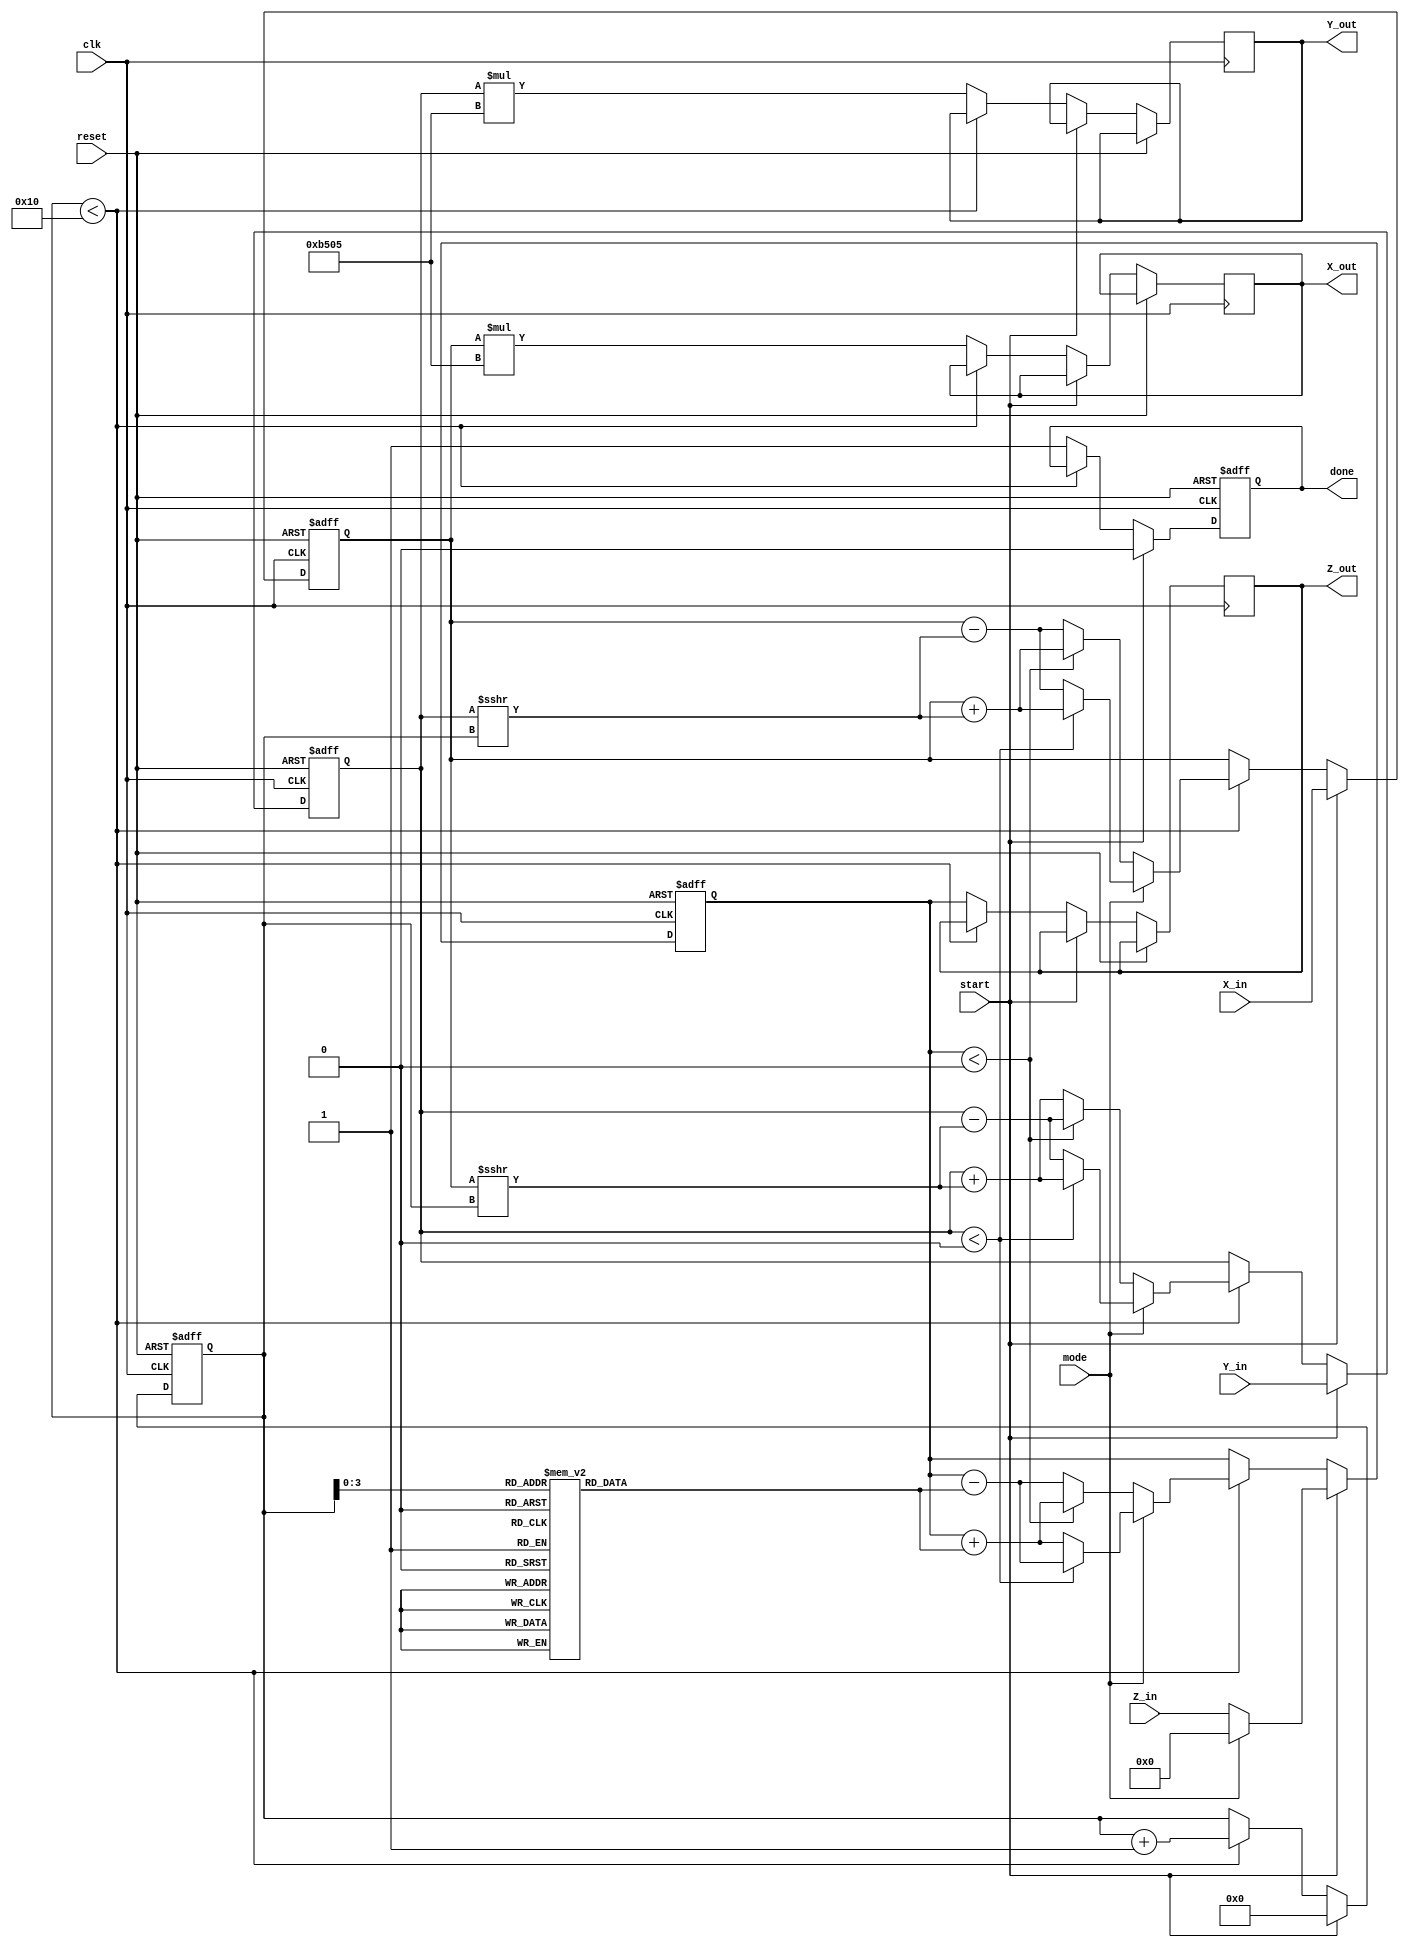
module modified_cordic #(
    parameter WIDTH = 16, // Bit width for operands
    parameter ITERATIONS = 16 // Number of CORDIC iterations
) (
    input wire clk,
    input wire reset,
    input wire start,
    input wire mode, // 0 for rotation, 1 for vectoring
    input wire signed [WIDTH-1:0] X_in,
    input wire signed [WIDTH-1:0] Y_in,
    input wire signed [WIDTH-1:0] Z_in,
    output reg signed [WIDTH-1:0] X_out,
    output reg signed [WIDTH-1:0] Y_out,
    output reg signed [WIDTH-1:0] Z_out,
    output reg done
);

    // Internal registers
    reg signed [WIDTH-1:0] x, y, z;
    reg [4:0] iter_count; // Counter for iterations
    reg [WIDTH-1:0] atan_table[0:ITERATIONS-1]; // ATAN lookup table
    reg signed [WIDTH-1:0] K; // Scaling factor

    // Initialize the atan_table and scaling factor
    initial begin
        atan_table[0] = 16'h3243; // atan(2^-0) in Q1.15 format
        atan_table[1] = 16'h1DAC; // atan(2^-1)
        atan_table[2] = 16'h0FAD; // atan(2^-2)
        atan_table[3] = 16'h07A3; // atan(2^-3)
        atan_table[4] = 16'h03D2; // atan(2^-4)
        // ... Initialize remaining values ...
        K = 16'hB505; // Scaling factor
        done = 0;
    end

    // CORDIC operation
    always @(posedge clk or posedge reset) begin
        if (reset) begin
            x <= 0;
            y <= 0;
            z <= 0;
            iter_count <= 0;
            done <= 0;
        end else if (start) begin
            // Load inputs
            if (mode == 0) begin // Rotation mode
                x <= X_in;
                y <= Y_in;
                z <= Z_in;
            end else begin // Vectoring mode
                x <= X_in;
                y <= Y_in;
                z <= 0; // Z is not used
            end
            iter_count <= 0;
            done <= 0;
        end else if (iter_count < ITERATIONS) begin
            // CORDIC iterations
            if (mode == 0) begin // Rotation mode
                if (z < 0) begin
                    x <= x + (y >>> iter_count);
                    y <= y - (x >>> iter_count);
                    z <= z + atan_table[iter_count];
                end else begin
                    x <= x - (y >>> iter_count);
                    y <= y + (x >>> iter_count);
                    z <= z - atan_table[iter_count];
                end
            end else begin // Vectoring mode
                if (y < 0) begin
                    x <= x + (y >>> iter_count);
                    y <= y + (x >>> iter_count);
                    z <= z - atan_table[iter_count];
                end else begin
                    x <= x - (y >>> iter_count);
                    y <= y - (x >>> iter_count);
                    z <= z + atan_table[iter_count];
                end
            end
            iter_count <= iter_count + 1;
        end else begin
            // Finished computation
            X_out <= x * K; // Apply scaling factor
            Y_out <= y * K;
            Z_out <= z;
            done <= 1;
        end
    end

endmodule